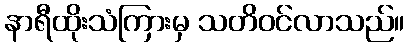
နာရီထိုးသံကြားမှ သတိဝင်လာသည်။